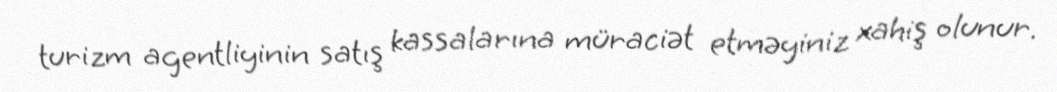
turizm agentliyinin satış kassalarına müraciət etməyiniz xahiş olunur.